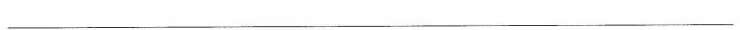
___